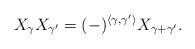
LaTeX: \begin{align*} X_{\gamma}X_{\gamma'} = (-)^{\langle \gamma,\gamma' \rangle} X_{\gamma + \gamma'} \rlap{.}\end{align*}